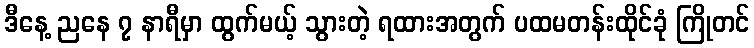
ဒီနေ့ ညနေ ၇ နာရီမှာ ထွက်မယ့် သွားတဲ့ ရထားအတွက် ပထမတန်းထိုင်ခုံ ကြိုတင်